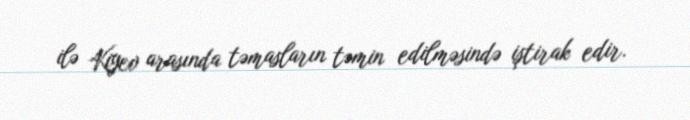
ilə Kiyev arasında təmasların təmin edilməsində iştirak edir.